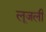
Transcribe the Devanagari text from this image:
लूजली